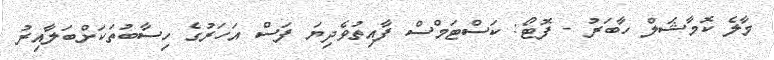
މާލެ ކޮމާޝަލް ހާބަރު - ފޮޓޯ: ކަސްޓަމްސް ފާއިތުވެދިޔަ ފަސް އަހަރުގެ ހިސާބުތަކަށްބަލާއިރު